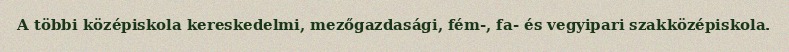
A többi középiskola kereskedelmi, mezőgazdasági, fém-, fa- és vegyipari szakközépiskola.